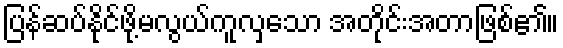
ပြန်ဆပ်နိုင်ဖို့မလွယ်ကူလှသော အတိုင်းအတာဖြစ်၏။